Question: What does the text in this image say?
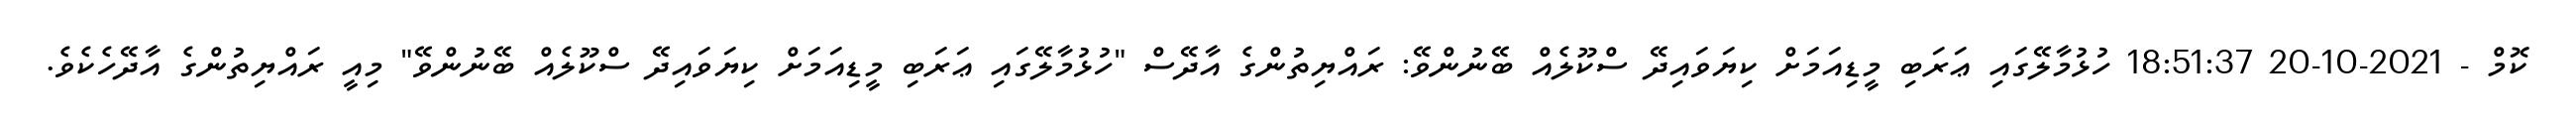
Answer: ކޮމް - 2021-10-20 18:51:37 ހުޅުމާލޭގައި ޢަރަބި މީޑިއަމަށް ކިޔަވައިދޭ ސްކޫލެއް ބޭނުންވޭ: ރައްޔިތުންގެ އާދޭސް "ހުޅުމާލޭގައި ޢަރަބި މީޑިއަމަށް ކިޔަވައިދޭ ސްކޫލެއް ބޭނުންވޭ" މިއީ ރައްޔިތުންގެ އާދޭހެކެވެ.